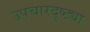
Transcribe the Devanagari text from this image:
उपचारदृष्ट्या